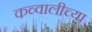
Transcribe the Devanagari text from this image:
कव्वालीच्या